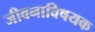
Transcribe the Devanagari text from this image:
जीवनाविषयक